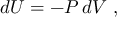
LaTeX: d U = - P \, d V \ ,